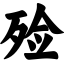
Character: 殓